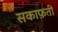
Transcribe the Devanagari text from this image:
सकाफ़ती